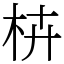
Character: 枿